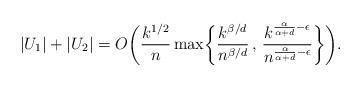
LaTeX: \begin{align*}|U_1|+|U_2| = O\biggl(\frac{k^{1/2}}{n}\max\biggl\{\frac{k^{\beta/d}}{n^{\beta/d}} \, , \, \frac{k^{\frac{\alpha}{\alpha+d} - \epsilon}}{n^{\frac{\alpha}{\alpha+d} - \epsilon}}\biggr\}\biggr).\end{align*}